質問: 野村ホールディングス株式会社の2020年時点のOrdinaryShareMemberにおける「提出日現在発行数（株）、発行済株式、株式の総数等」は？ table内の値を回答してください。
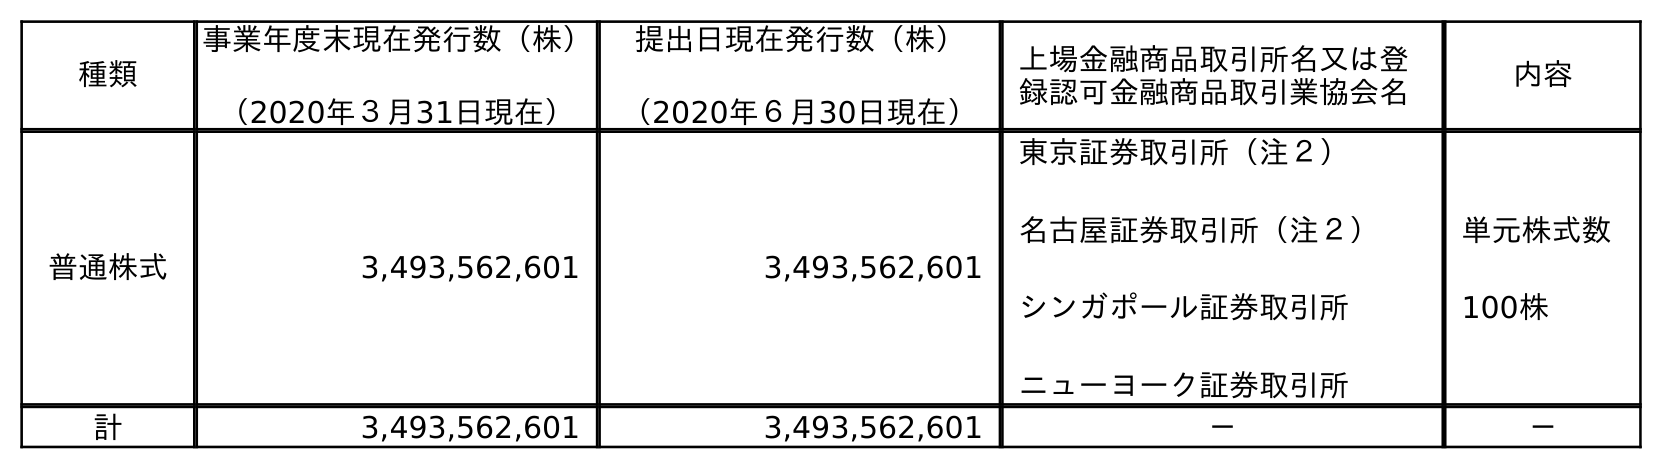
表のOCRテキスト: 種類 事業年度末現在発行数（株） （2020年３月31日現在） 提出日現在発行数（株） （2020年６月30日現在） 上場金融商品取引所名又は登 録認可金融商品取引業協会名 内容 普通株式 3,493,562,601 3,493,562,601 東京証券取引所（注２） 名古屋証券取引所（注２） シンガポール証券取引所 ニューヨーク証券取引所 単元株式数 100株 計 3,493,562,601 3,493,562,601 － －
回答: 3,493,562,601